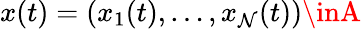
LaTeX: x(t)=(x_{1}(t),\ldots,x_{\mathcal{N}}(t))\inA